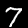
Label: 7